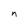
Character: n